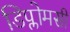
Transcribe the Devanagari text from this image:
डिप्लोमसी